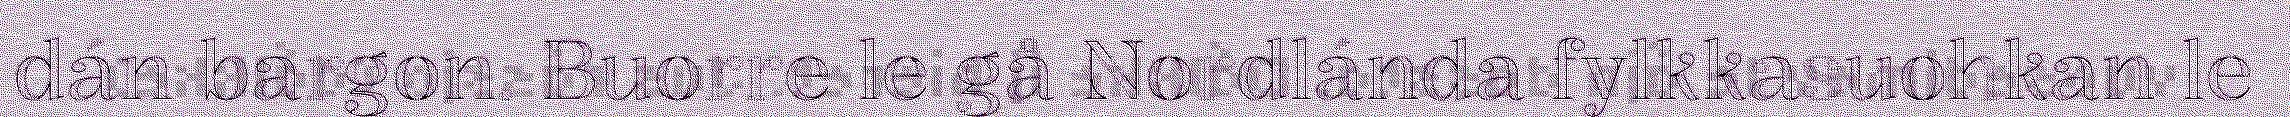
dán bargon. Buorre le gå Nordlánda fylkkasuohkan le